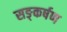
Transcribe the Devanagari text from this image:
सङ्कर्षण